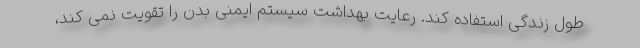
طول زندگی استفاده کند. رعایت بهداشت سیستم ایمنی بدن را تقویت نمی کند،